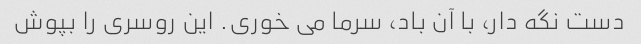
دست نگه دار، با آن باد، سرما می خوری. این روسری را بپوش